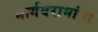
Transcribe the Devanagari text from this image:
भार्गवरामांना